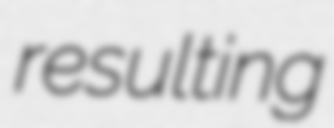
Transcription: resulting